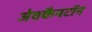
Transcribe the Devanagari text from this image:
जेवकैनटॉन